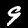
Digit: 9